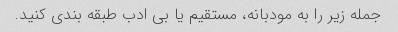
جمله زیر را به مودبانه، مستقیم یا بی ادب طبقه بندی کنید.